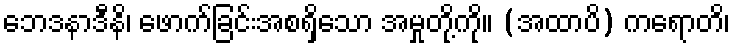
ဘေဒနာဒီနိ၊ ဖောက်ခြင်းအစရှိသော အမှုတို့ကို။ (အထာပိ) ကရောတိ၊